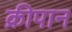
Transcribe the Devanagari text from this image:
क्रीपान